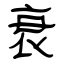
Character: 衰